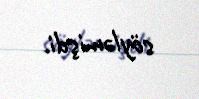
söyləmişdi.